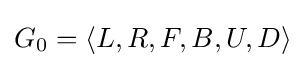
G_{0}=\langle L,R,F,B,U,D\rangle